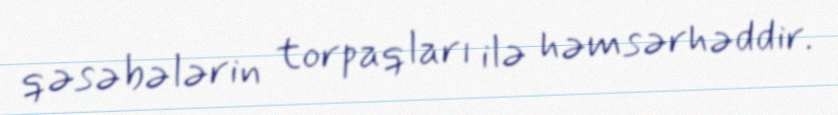
qəsəbələrin torpaqları ilə həmsərhəddir.